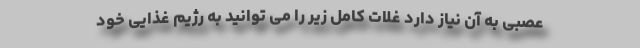
عصبی به آن نیاز دارد غلات کامل زیر را می توانید به رژیم غذایی خود